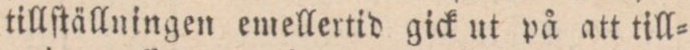
tillſtällningen emellertid gick ut på att till=